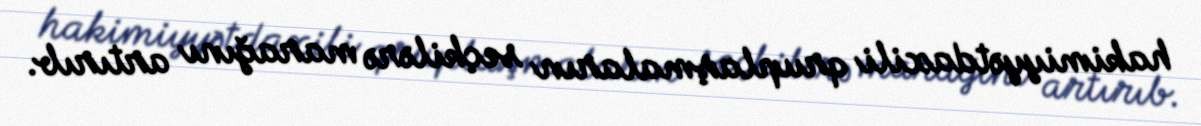
hakimiyyətdaxili qruplaşmaların seçkilərə marağını artırıb.